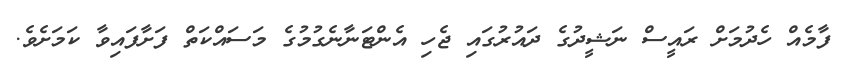
ފާމެއް ހެދުމަށް ރައީސް ނަޝީދުގެ ދައުރުގައި ޖެހި އެންޓަނާނެގުމުގެ މަސައްކަތް ފަށާފައިވާ ކަމަށެވެ.